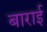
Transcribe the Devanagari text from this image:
बाराई